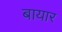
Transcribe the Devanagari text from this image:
बायार